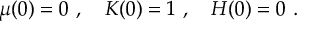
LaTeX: \mu ( 0 ) = 0 \ , \ \ \ K ( 0 ) = 1 \ , \ \ \ H ( 0 ) = 0 \ .